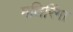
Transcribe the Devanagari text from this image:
मतिरिंगा